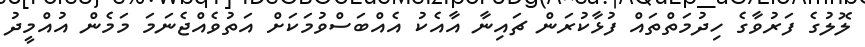
ލޮލުގެ ފަރުވާގެ ހިދުމަތްތައް ފުޅާކުރަން ޗައިނާ އާއެކު އެއްބަސްވުމަކަށް އަތުވެއްޖެނަމަ މަމެން އުއްމީދު